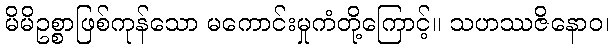
မိမိဥစ္စာဖြစ်ကုန်သော မကောင်းမှုကံတို့ကြောင့်။ သဟဿဇိနောဝ၊